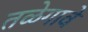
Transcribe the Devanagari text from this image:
तळेगावे